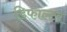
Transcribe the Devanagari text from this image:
डिफाल्टर